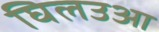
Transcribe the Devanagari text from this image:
घिलउआ